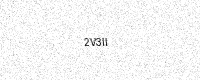
Text: 2V3II